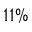
1 1 \%